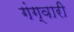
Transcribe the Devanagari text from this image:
गंग्वारी